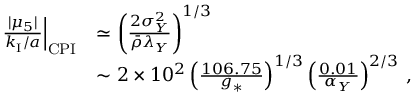
\begin{array} { r l } { \left. \frac { | \mu _ { 5 } | } { k _ { \mathrm { I } } / a } \right| _ { \mathrm { C P I } } } & { \simeq \left( \frac { 2 \sigma _ { Y } ^ { 2 } } { \bar { \rho } \lambda _ { Y } } \right) ^ { 1 / 3 } } \\ & { \sim 2 \times 1 0 ^ { 2 } \left( \frac { 1 0 6 . 7 5 } { g _ { \ast } } \right) ^ { 1 / 3 } \left( \frac { 0 . 0 1 } { \alpha _ { Y } } \right) ^ { 2 / 3 } \, , } \end{array}